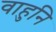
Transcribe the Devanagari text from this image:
वाहुनि